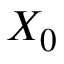
X _ { 0 }